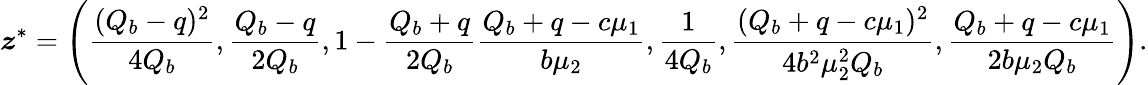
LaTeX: \boldsymbol{z}^{*}=\left(\frac{(Q_{b}-q)^{2}}{4Q_{b}},\frac{Q_{b}-q}{2Q_{b}},1-\frac{Q_{b}+q}{2Q_{b}}\frac{Q_{b}+q-c\mu_{1}}{b\mu_{2}},\frac{1}{4Q_{b}},\frac{(Q_{b}+q-c\mu_{1})^{2}}{4b^{2}\mu_{2}^{2}Q_{b}},\frac{Q_{b}+q-c\mu_{1}}{2b\mu_{2}Q_{b}}\right).